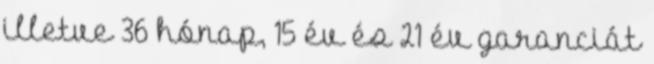
illetve 36 hónap, 15 év és 21 év garanciát